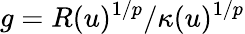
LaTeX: g=R(u)^{1/p}/\kappa(u)^{1/p}